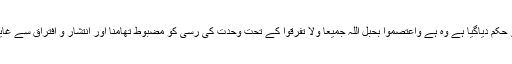
اس وقت امتِ مرحومہ کو جو حکم دیاگیا ہے وہ ہے واعتصموا بحبل اللہ جمیعا ولا تفرقوا کے تحت وحدت کی رسی کو مضبوط تھامنا اور انتشار و افتراق سے غایت درجہ احتراز و پرہیز ہے۔